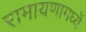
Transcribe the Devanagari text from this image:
रामायणामध्यें